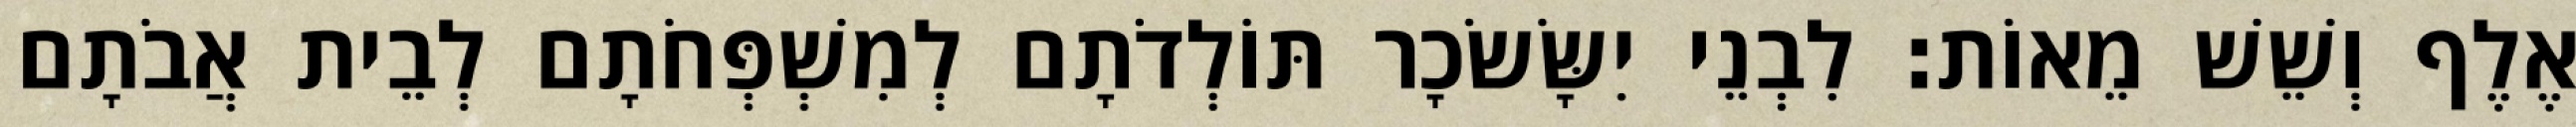
אֶלֶף וְשֵׁשׁ מֵאוֹת׃ לִבְנֵי יִשָּׂשׂכָר תּוֹלְדֹתָם לְמִשְׁפְּחֹתָם לְבֵית אֲבֹתָם